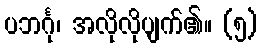
ပဘင်္ဂု၊ အလိုလိုပျက်၏။ (၅)